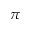
\pi